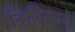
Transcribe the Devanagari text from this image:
निर्विकारा